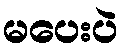
မပေးပဲ